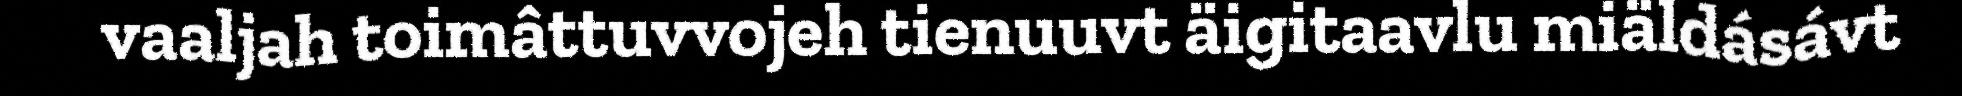
vaaljah toimâttuvvojeh tienuuvt äigitaavlu miäldásávt